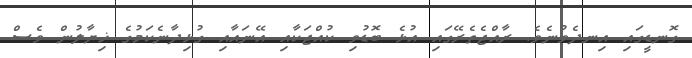
ގޮނޑީގައި އިނދެވުނެވެ. ރާއްޖެތެރޭގައި އުޅެ ބޮޑުވި ކުއްޖަކާއި އޭނައާއި ގުޅިދާނެކަމުގެ ޚިޔާލުން ވެސް